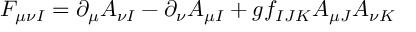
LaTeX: F _ { \mu \nu I } = \partial _ { \mu } A _ { \nu I } - \partial _ { \nu } A _ { \mu I } + g f _ { I J K } A _ { \mu J } A _ { \nu K }